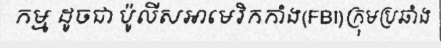
កម្ម ដូចជា ប៉ូលីសអាមេរិកកាំង(FBI)ក្រុមប្រឆាំង